Medical and sanitary report of the native army of Madras for the year
Year: 1878
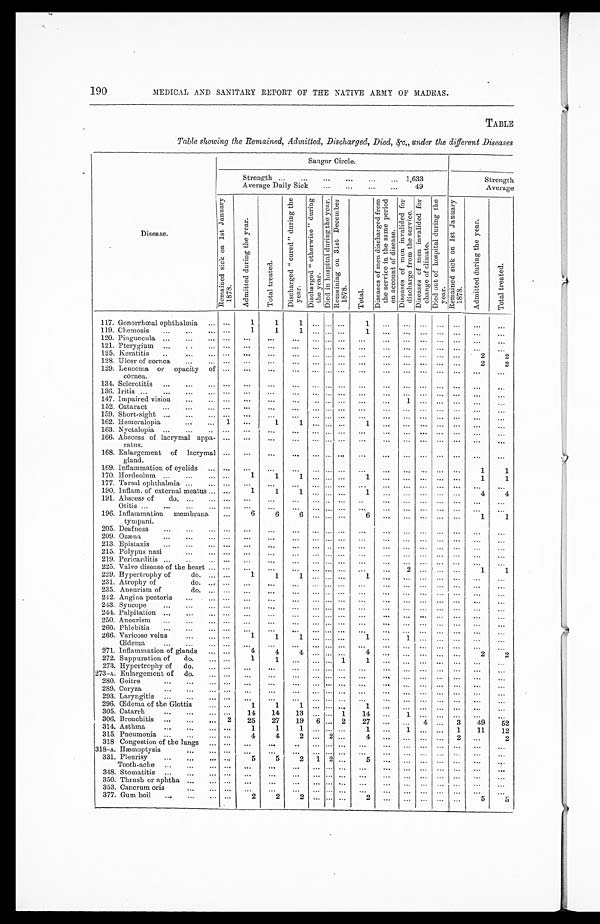
190
MEDICAL AND SANITARY REPORT OF THE NATIVE ARMY OF MADRAS.
TABLE
Table showing the Remained, Admitted, Discharged, Died, &c,, under the different Diseases
Disease.
Saugor Circle.
Strength . . . 1,633
Strength
Average
Average Daily Sick
. . .
49
R e m a i n e d s i c k o n 1 s t J a n u a r y 1 8 7 8 .
A d m i t t e d d u r i n g t h e y e a r .
T o t a l t r e a t e d .
D i s c h a r g e d " c u r e d " d u r i n g t h e y e a r .
D i s c h a r g e d " o t h e r w i s e " d u r i n g t h e y e a r .
D i e d i n h o s p i t a l d u r i n g t h e y e a r . R e m a i n i n g o n 3 1 s t D e c e m b e r 1 8 7 8 .
T o t a l .
D i s e a s e s o f m e n d i s c h a r g e d f r o m t h e s e r v i c e i n t h e s a m e p e r i o d o n a c c o u n t o f d i s e a s e .
D i s e a s e s o f m e n i n v a l i d e d f o r d i s c h a r g e f r o m t h e s e r v i c e .
D i s e a s e s o f m e n i n v a l i d e d f o r c h a n g e o f c l i m a t e .
D i e d o u t o f h o s p i t a l d u r i n g t h e y e a r .
R e ma i n e d s i c k o n 1 s t J a n u a r y 1 8 7 8 .
A d m i t t e d d u r i n g t h e y e a r .
T o t a l t r e a t e d .
117. Gonorrhœal ophthalmia . . .
. . .
1
1
1
. . .
. . .. . .
1
. . .
. . .
. . .
. . .
. . .
. . .
. . .
11 9 . Chemosis
. . .
. . .
1
1
1
. . .
. . . . . .
1
. . .
. . .
. . .
. . .
. . .
. . .
. . .
120. Pinguecula
. . .
. . .
. . .
. . .
. . .
. . .
. . . . . .
. . .
. . .
. . .
. . .
. . . . . .
. . .
. . .
1 21. Pterygium
. . .
. . .
. . .
. . .
. . .
. . .
. . . . . .
. . .
. . .
. . .
. . .
. . .
. . .
. . .
. . .
12 5 . Keratitis
. . .
. . .
. . .
. . .
. . .
. . .
. . . . . .
. . .
. . .
. . .
. . .
. . .
. . .
2
2
128. Ulcer of cornea . . .
. . .
. . .
. . .
. . .
. . .
. . . . . .
. . .
. . .
. . .
. . .
. . .
. . .
2
2
129. Lencoma or opacity of
cornea.
. . .
. . .
. . .
. . .
. . .
. . . . . .
. . .
. . .
. . .
. . .
. . .
. . .
. . .
. . .
134. Sclerotitis . . .
. . .
. . .
. . .
. . . . . .
. . . . . .
. . .
. . .
. . .
. . .
. . .
. . .
. . .
. . .
136. Iritis
. . .
. . .
. . .
. . .
. . . . . .
. . . . . .
. . .
. . .
. . .
. . .
. . .
. . .
. . .
. . .
147. Impaired vision . . .
. . .
. . .
. . .
. . . . . .
. . . . . .
. . .
. . .
1
. . .
. . . . . .
. . .
. . .
15 2 . Cataract . . .
. . .
. . .
. . .
. . . . . .
. . . . . .
. . .
. . .
. . .
. . .
. . .
. . .
. . .
. . .
1 5 9. Short-sight
. . .
. . .
. . .
. . .
. . . . . .
. . . . . .
. . .
. . .
. . .
. . .
. . .
. . .
. . .
. . .
162. He meralopia . . . 1
. . .
1
1 . . .
. . . . . .
1
. . .
. . .
. . .
. . .
. . .
. . .
. . .
163 . Nyctalopia. . .
. . .
. . .
. . .
. . . . . .
. . . . . .
. . .
. . .
. . .
. . .
. . .
. . .
. . .
. . .
166. Abscess of lacrymal appa-
rates.
. . .
. . .
. . .
. . . . . .
. . . . . .
. . .
. . .
. . .
. . .
. . .
. . .
. . .
. . .
168. Enlargement of lacrymal
gland.
. . .
. . .
. . .
. . . . . .
. . .
. . .
. . .
. . .
. . .
. . .
. . .
. . .
. . .
. . .
169. I nflammation of eyelids . . .
. . .
. . .
. . .
. . . . . .
. . . . . .
. . .
. . .
. . .
. . .
. . .
. . .
1
1
170. Hordeolum
. . .
. . .
1
1
1 . . .
. . . . . .
1
. . .
. . .
. . .
. . .
. . .
1
1
177 . Tarsal ophthalmia
. . .
. . .
. . .
. . .
. . . . . .
. . . . . .
. . .
. . .
. . .
. . .
. . .
. . .
. . .
. . .
190. Inflam. of external meatus . . .
. . .
1
1
1 . . .
. . . . . .
1
. . .
. . .
. . .
. . .
. . .
4
4
19 1. Abscess of
do.
. . .
. . .
. . .
. . .
. . . . . . . . .
. . .
. . .
. . .
. . .
. . .
. . .
. . .
. . .
. . .
Otitis . . .
. . .
. . .
. . . . . .
. . . . . .
. . .
. . .
. . .
. . .
. . .
. . . . . .
. . .
. . .
196. Inflammation membrana
tympani.
. . .
6
6
. . . . . . . . .
. . .
6
. . .
. . . . . .
. . .
. . .
1
1
205. Deafness. . .
. . .
. . .
. . .
. . .
. . .
. . .
. . .
. . .
. . .
. . .
. . .
. . .
. . .
. . .
. . .
209. Ozæna . . .
. . .
. . .
. . .
. . .
. . . . . .
. . .
. . .
. . .
. . .
. . .
. . . . . .
. . .
. . .
213. Epistaxis
. . .
. . .
. . .
. . .
. . .
. . . . . .
. . .
. . .
. . .
. . .
. . .
. . .
. . .
. . .
. . .
215. Polypus nasi
. . .
. . .
. . .
. . .
. . .
. . .
. . .
. . .
. . .
. . .
. . .
. . .
. . .
. . .
. . .
. . .
2 1 9. Pericarditis
. . .
. . .
. . .
. . .
. . . . . .
. . .
. . .
. . .
. . .
. . .
. . .
. . .
. . .
. . .
. . .
225. Valve disease of the heart . . .
. . .
. . .
. . .
. . .
. . .
. . .
. . .
. . .
. . .
2
. . .
. . .
. . .
1
1
229. Hypertrophy of do. . . .
. . .
1
1
1 . . .
. . .
. . .
1
. . .
. . .
. . .
. . .
. . .
. . .
. . .
23 1 . Atrophy of
do. . . .
. . .
. . .
. . .
. . .
. . .
. . . . . .
. . .
. . .
. . .
. . .
. . .
. . .
. . .
. . .
235. Aneurism of do. . . .
. . .
. . .
. . .
. . .
. . .
. . .
. . .
. . .
. . .
. . .
. . .
. . .
. . .
. . .
. . .
242. Angina pectoris
. . .
. . .
. . .
. . .
. . . . . .
. . . . . .
. . .
. . .
. . .
. . .
. . .
. . .
. . .
. . .
243. Syncope
. . .
. . .
. . .
. . .
. . .
. . .
. . . . . .
. . .
. . .
. . .
. . .
. . .
. . .
. . .
. . .
244. Palpitation
. . .
. . .
. . .
. . .
. . .
. . .
. . . . . .
. . .
. . .
. . .
. . .
. . .
. . .
. . .
. . .
250. Aneurism
. . .
. . .
. . .
. . .
. . .
. . .
. . . . . .
. . .
. . .
. . .
. . .
. . .
. . .
. . .
. . .
260. Phlebitis . . .
. . .
. . .
. . .
. . .
. . .
. . . . . .
. . .
. . .
. . .
. . .
. . .
. . .
. . .
. . .
266. Varicose veins . . .
. . .
1
1
1 . . .
. . .
. . .
1
. . .
1
. . .
. . .
. . .
. . .
. . .
Œdema
. . .
. . .
. . .
. . .
. . . . . .
. . .
. . .
. . .
. . .
. . .
. . .
. . .
. . .
. . .
. . .
271. Inflammation of glands . . . . . .
4
4
4 . . . . . .
. . .
4
. . .
. . .
. . .
. . . . . .
2
2
272. Suppuration of do.
. . . . . .
1
1
. . .
. . .
. . . 1
1
. . .
. . .
. . .
. . .
. . .
. . .
. . .
273. Hypertrophy of do. . . .
. . .
. . .
. . .
. . . . . .
. . . . . .
. . .
. . .
. . .
. . .
. . .
. . .
. . .
. . .
273-A. Enlargement of do.
. . . . . .
. . .
. . .
. . .
. . .
. . . . . .
. . .
. . .
. . .
. . .
. . .
. . .
. . .
. . .
280. Goitre
. . .
. . .
. . .
. . .
. . .
. . .
. . . . . .
. . .
. . .
. . .
. . .
. . .
. . .
. . .
. . .
2 89. Coryza
. . .
. . . . . .
. . .
. . .
. . .
. . . . . .
. . .
. . .
. . . . . .
. . .
. . .
. . .
. . .
293. Laryngitis
. . .
. . . . . .
. . .
. . . . . .
. . . . . .
. . .
. . .
. . .
. . .
. . .
. . .
. . .
. . .
296. Œdema of the Glottis
. . . . . .
1
1
1
. . . . . . . . .
1
. . .
. . .
. . .
. . .
. . .
. . .
. . .
305. Catarrh
. . . . . .
14
14
13
. . . . . . 1
14
. . .
1
. . .
. . .
. . .
. . .
. . .
306. Bronchitis . . . 2
25
27
19
6 . . . 2
27
. . .
. . .
4
. . . 3
49
5 2
314. Asthma
. . . . . .
1
1
1
. . .
. . . . . .
1
. . .
1
. . .
. . . 1
11
12
315. Pneumonia
. . .
. . .
4
4
2
. . . 2 . . .
4
. . .
. . .
. . .
. . .
2
. . .
2
318 Congestion of the lungs
. . . . . .
. . .
. . .
. . .
. . .
. . . . . .
. . .
. . .
. . .
. . .
. . .
. . .
. . .
. . .
318-A. Hæmoptysis . . .
. . . . . .
. . .
. . .
. . . . . .
. . .
. . .
. . .
. . .
. . .
. . .
. . .
. . .
. . .
331. Pleurisy
. . .
. . .
5
5
2
1
2 . . .
5
. . .
. . .
. . .
. . .
. . .
. . .
. . .
Tooth-ache
. . .
. . .
. . .
. . .
. . .
. . .
. . . . . .
. . .
. . .
. . .
. . .
. . .
. . .
. . .
. . .
348. Stomatitis
. . .
. . .
. . . . . .
. . .
. . .
. . . . . .
. . .
. . .
. . .
. . .
. . .
. . .
. . .
. . .
3 50. Thrush or aphtha
. . . . . . . . .
. . .
. . .
. . .
. . . . . .
. . .
. . .
. . .
. . .
. . .
. . .
. . .
. . .
35 3 . Cancrum oris
. . .
. . .
. . .
. . . . . .
. . .
. . . . . .
. . .
. . .
. . .
. . .
. . .
. . .
. . .
. . .
377. Gum boil
. . .
. . .
2
2 2
. . . . . . . . . 2
. . . . . .
. . .
. . . . . .
5
5